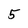
Character: 5